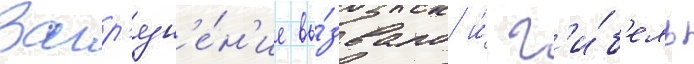
Загр'язн'е́н'ие вы́звало и́ г'и́б'ель